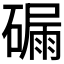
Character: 𥕟